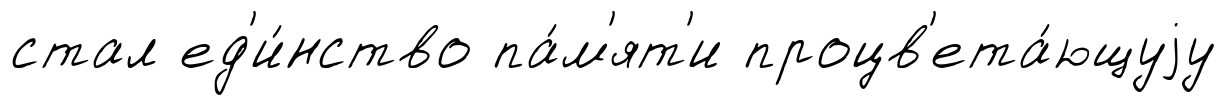
стал ед'и́нство па́м'ят'и процв'ета́ющуjу